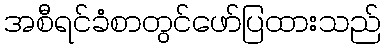
အစီရင်ခံစာတွင်ဖော်ပြထားသည်